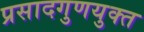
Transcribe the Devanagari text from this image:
प्रसादगुणयुक्त